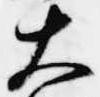
大